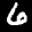
Label: 6